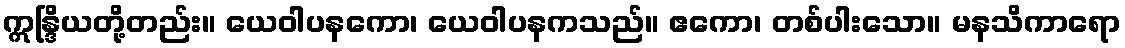
ဣန္ဒြိယတို့တည်း။ ယေဝါပနကော၊ ယေဝါပနကသည်။ ဧကော၊ တစ်ပါးသော။ မနသိကာရော